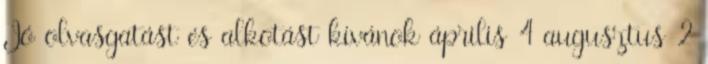
Jó olvasgatást és alkotást kívánok április 4 augusztus 2